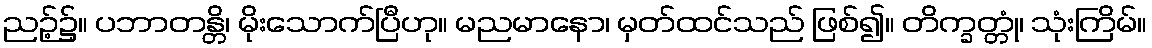
ညဉ့်၌။ ပဘာတန္တိ၊ မိုးသောက်ပြီဟု။ မညမာနော၊ မှတ်ထင်သည် ဖြစ်၍။ တိက္ခတ္တုံ၊ သုံးကြိမ်။